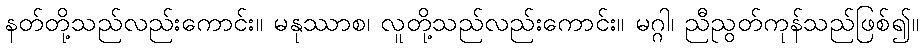
နတ်တို့သည်လည်းကောင်း။ မနုဿာစ၊ လူတို့သည်လည်းကောင်း။ မဂ္ဂါ၊ ညီညွတ်ကုန်သည်ဖြစ်၍။